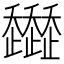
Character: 𧾭